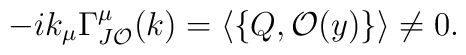
-i k_\mu\Gamma^\mu_{J\mathcal{O}}(k)  =\langle\left\{Q,\mathcal{O}(y)\right\}\rangle\neq 0.